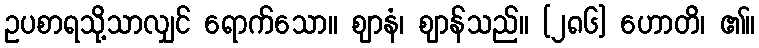
ဥပစာရသို့သာလျှင် ရောက်သော။ ဈာနံ၊ ဈာန်သည်။ [၂၈၆] ဟောတိ၊ ၏။